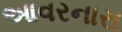
આવરનારા